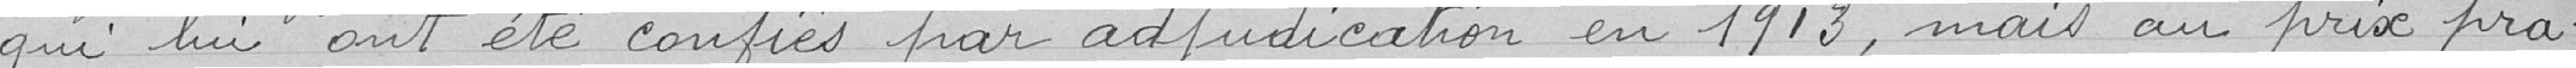
qui lui ont été confiés par adjudication en 1913 , mais au prix pra=